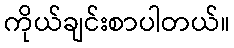
ကိုယ်ချင်းစာပါတယ်။